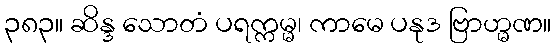
၃၈၃။ ဆိန္ဒ သောတံ ပရက္ကမ္မ၊ ကာမေ ပနုဒ ဗြာဟ္မဏ။